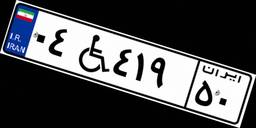
۰۴W۴۱۹۵۰